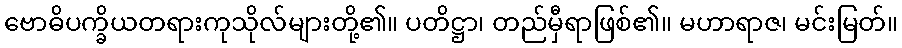
ဗောဓိပက္ခိယတရားကုသိုလ်များတို့၏။ ပတိဋ္ဌာ၊ တည်မှီရာဖြစ်၏။ မဟာရာဇ၊ မင်းမြတ်။